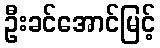
ဦးခင်အောင်မြင့်